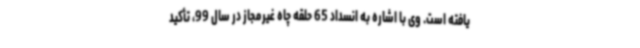
یافته است. وی با اشاره به انسداد 65 حلقه چاه غیرمجاز در سال 99، تأکید